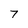
Character: 7